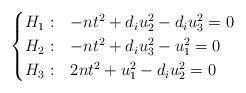
LaTeX: \begin{align*}\begin{cases}H_1:& -nt^2+d_iu_2^2-d_iu_3^2=0\\H_2:& -nt^2+d_iu_3^2-u_1^2=0\\H_3:& 2nt^2+u_1^2-d_iu_2^2=0\end{cases}\end{align*}